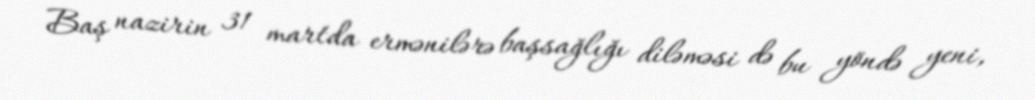
Baş nazirin 31 martda ermənilərə başsağlığı diləməsi də bu yöndə yeni,